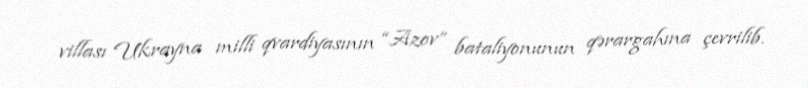
villası Ukrayna milli qvardiyasının “Azov” bataliyonunun qərargahına çevrilib.